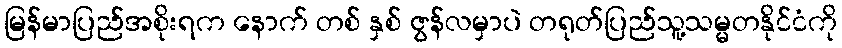
မြန်မာပြည်အစိုးရက နောက် တစ် နှစ် ဇွန်လမှာပဲ တရုတ်ပြည်သူ့သမ္မတနိုင်ငံကို